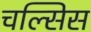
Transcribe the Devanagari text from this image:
चल्सिस